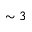
\sim 3